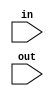
module signExt16_5(in, out); 

	input[4:0]in;
	input[15:0]out; 

	//Concatenate the first bit 8 times
	assign out = { {11{in[4]}}, in[4:0] };

endmodule